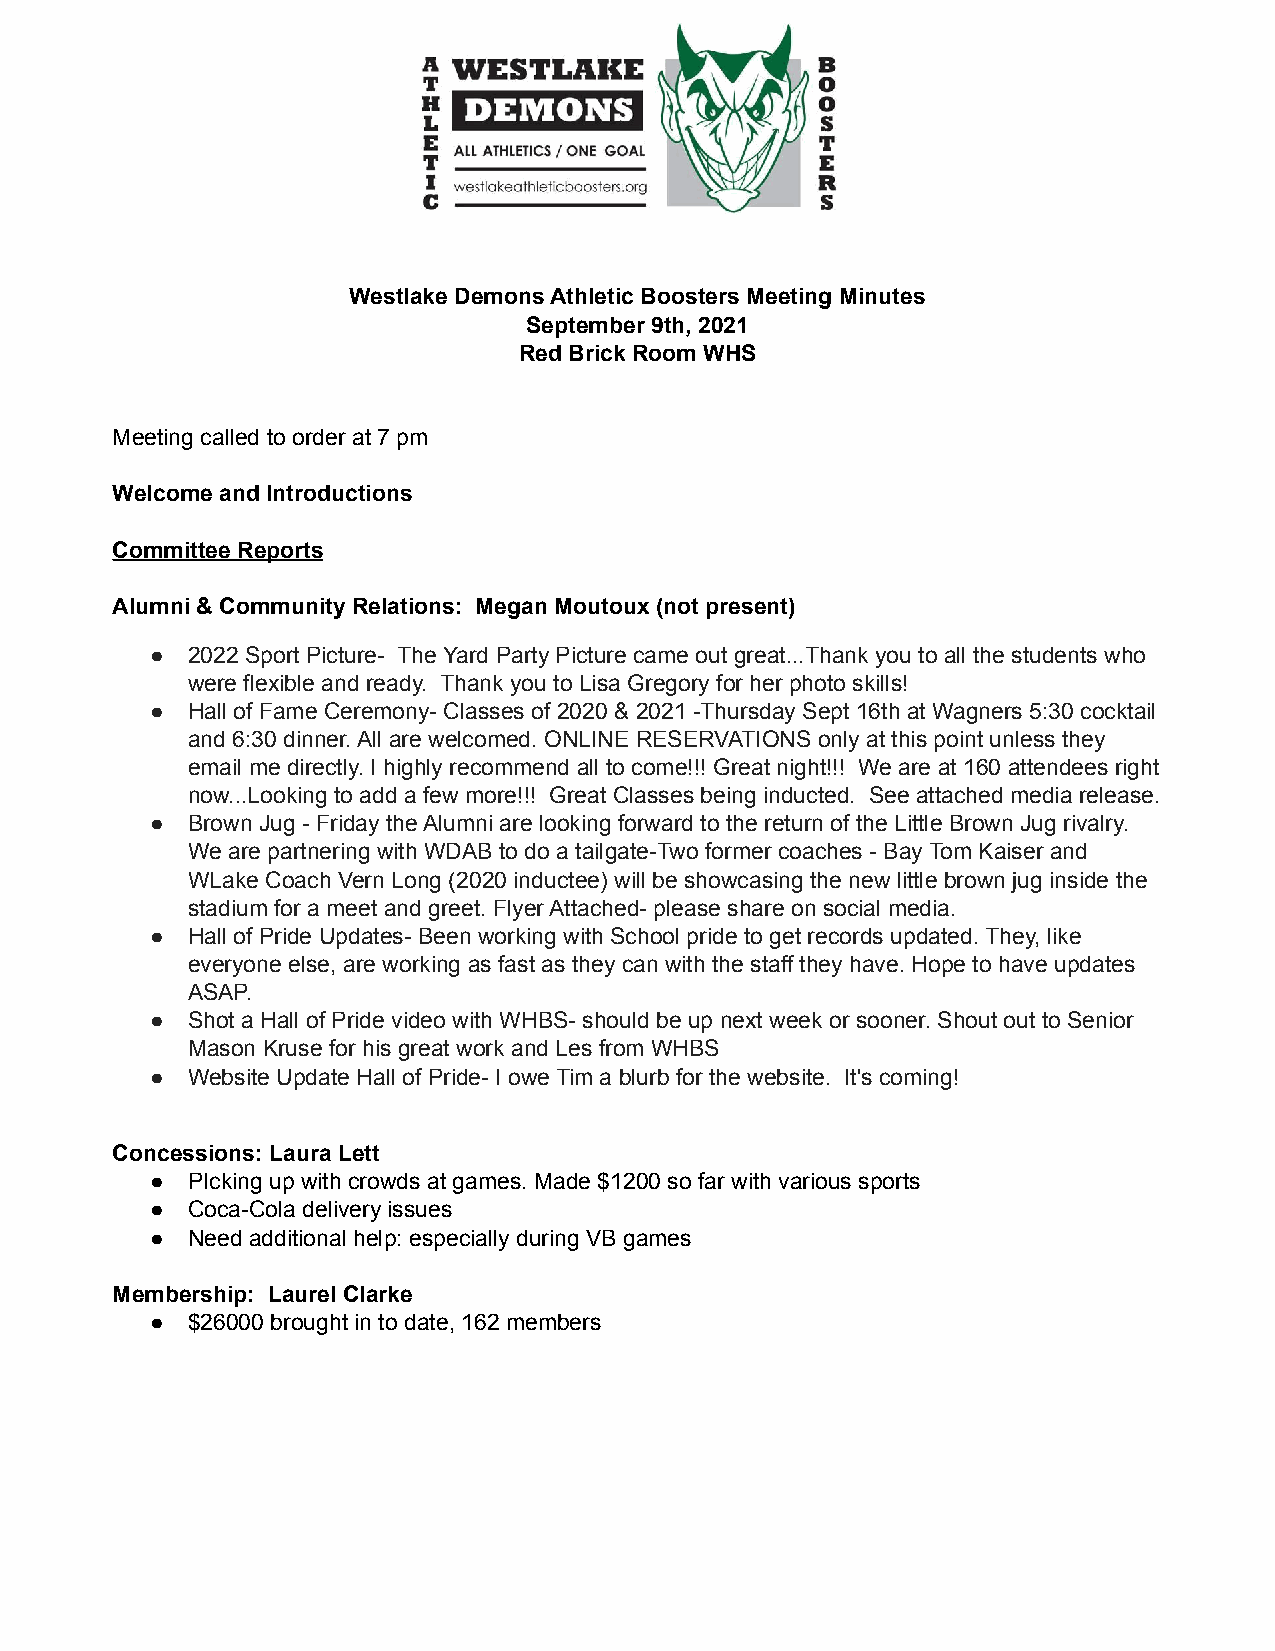
Westlake Demons Athletic Boosters Meeting Minutes
 September 9th, 2021
 Red Brick Room WHS
 Meeting called to order at 7 pm
 Welcome and Introductions
 Committee Reports
 Alumni & Community Relations: Megan Moutoux (not present)
 ● 2022 Sport Picture- The Yard Party Picture came out great...Thank you to all the students who
 were flexible and ready. Thank you to Lisa Gregory for her photo skills!
 ● Hall of Fame Ceremony- Classes of 2020 & 2021 -Thursday Sept 16th at Wagners 5:30 cocktail
 and 6:30 dinner. All are welcomed. ONLINE RESERVATIONS only at this point unless they
 email me directly. I highly recommend all to come!!! Great night!!! We are at 160 attendees right
 now...Looking to add a few more!!! Great Classes being inducted. See attached media release.
 ● Brown Jug - Friday the Alumni are looking forward to the return of the Little Brown Jug rivalry.
 We are partnering with WDAB to do a tailgate-Two former coaches - Bay Tom Kaiser and
 WLake Coach Vern Long (2020 inductee) will be showcasing the new little brown jug inside the
 stadium for a meet and greet. Flyer Attached- please share on social media.
 ● Hall of Pride Updates- Been working with School pride to get records updated. They, like
 everyone else, are working as fast as they can with the staff they have. Hope to have updates
 ASAP.
 ● Shot a Hall of Pride video with WHBS- should be up next week or sooner. Shout out to Senior
 Mason Kruse for his great work and Les from WHBS
 ● Website Update Hall of Pride- I owe Tim a blurb for the website. It's coming!
 Concessions: Laura Lett
 ● PIcking up with crowds at games. Made $1200 so far with various sports
 ● Coca-Cola delivery issues
 ● Need additional help: especially during VB games
 Membership: Laurel Clarke
 ● $26000 brought in to date, 162 members